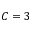
C = 3